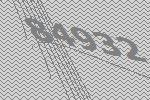
84932